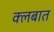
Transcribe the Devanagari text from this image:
क्‍लबात